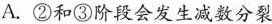
A.②和③阶段会发生减数分裂